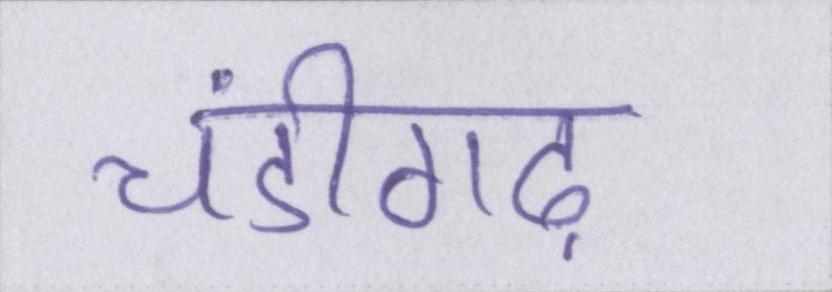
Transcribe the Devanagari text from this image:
चंडीगढ़